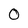
Character: 0